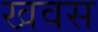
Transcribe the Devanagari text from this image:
खवस